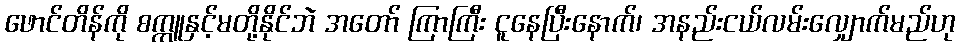
ဖောင်တိန်ကို စက္ကူနှင့်မတို့နိုင်ဘဲ အတော် ကြာကြီး ငူနေပြီးနောက်၊ အနည်းငယ်လမ်းလျှောက်မည်ဟု